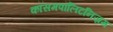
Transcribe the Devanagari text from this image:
कॉसमपॉलिटनिज़म